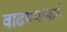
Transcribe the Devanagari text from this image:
वाढण्यामागे